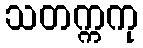
သတက္ကကု